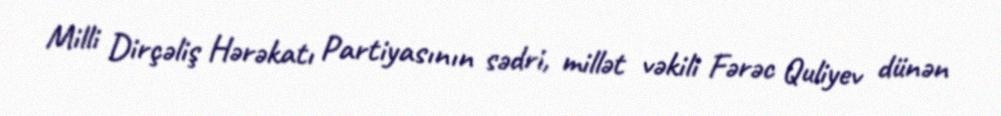
Milli Dirçəliş Hərəkatı Partiyasının sədri, millət vəkili Fərəc Quliyev dünən